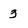
Character: 3